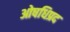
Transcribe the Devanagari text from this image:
ओषधिप्रद